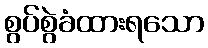
စွပ်စွဲခံထားရသော